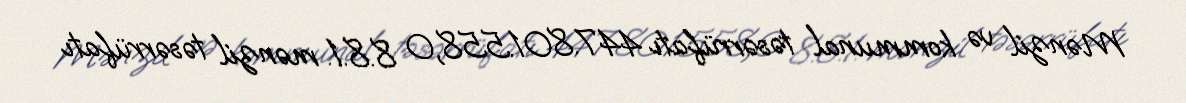
Mənzil və kommunal təsərrüfatı 447.801.558,0 8.8.1. mənzil təsərrüfatı